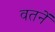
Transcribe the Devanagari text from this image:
वतनें